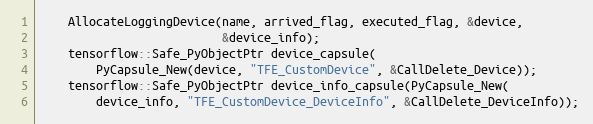
Language: C++
    AllocateLoggingDevice(name, arrived_flag, executed_flag, &device,
                          &device_info);
    tensorflow::Safe_PyObjectPtr device_capsule(
        PyCapsule_New(device, "TFE_CustomDevice", &CallDelete_Device));
    tensorflow::Safe_PyObjectPtr device_info_capsule(PyCapsule_New(
        device_info, "TFE_CustomDevice_DeviceInfo", &CallDelete_DeviceInfo));